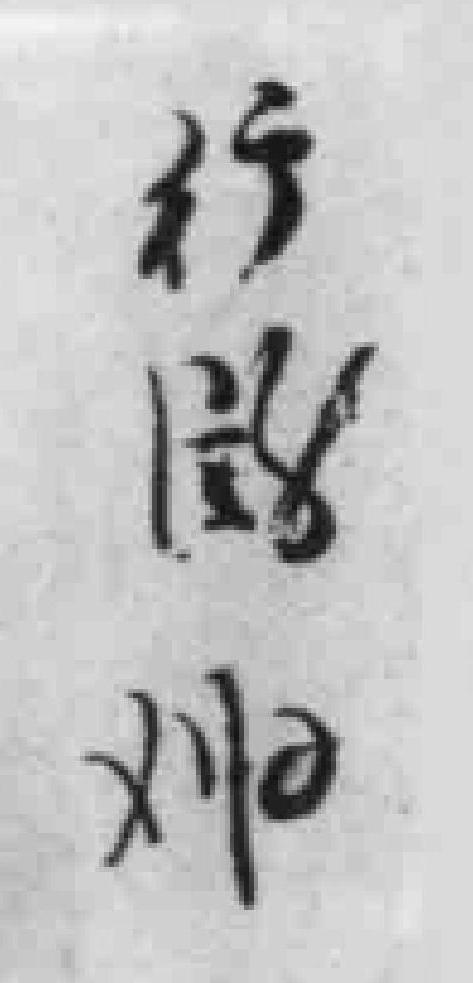
行*